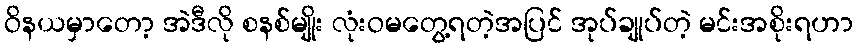
ဝိနယမှာတော့ အဲဒီလို စနစ်မျိုး လုံးဝမတွေ့ရတဲ့အပြင် အုပ်ချုပ်တဲ့ မင်းအစိုးရဟာ